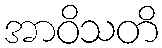
အာဝိသတိ